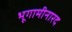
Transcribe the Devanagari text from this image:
भूगामीनारद